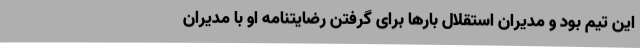
این تیم بود و مدیران استقلال بارها برای گرفتن رضایتنامه او با مدیران